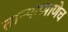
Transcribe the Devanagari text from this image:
तार्‍याप्रमाणेच